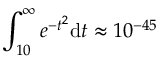
\int _ { 1 0 } ^ { \infty } e ^ { - t ^ { 2 } } \mathrm { d } t \approx 1 0 ^ { - 4 5 }